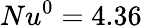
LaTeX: Nu^{0}=4.36